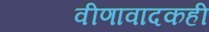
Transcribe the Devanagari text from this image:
वीणावादकही